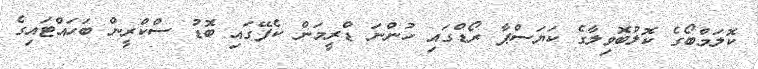
ކޮލަމްބޯގެ ކޮލުބޮވިލާގެ ކަޔަސްޕާ ރޯޑްގައި ހުންނަ ޑްރީމަން ކެފޭގައި ބޮޑު ސްކްރީން ބަހައްޓައިގެ